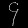
Digit: ၄